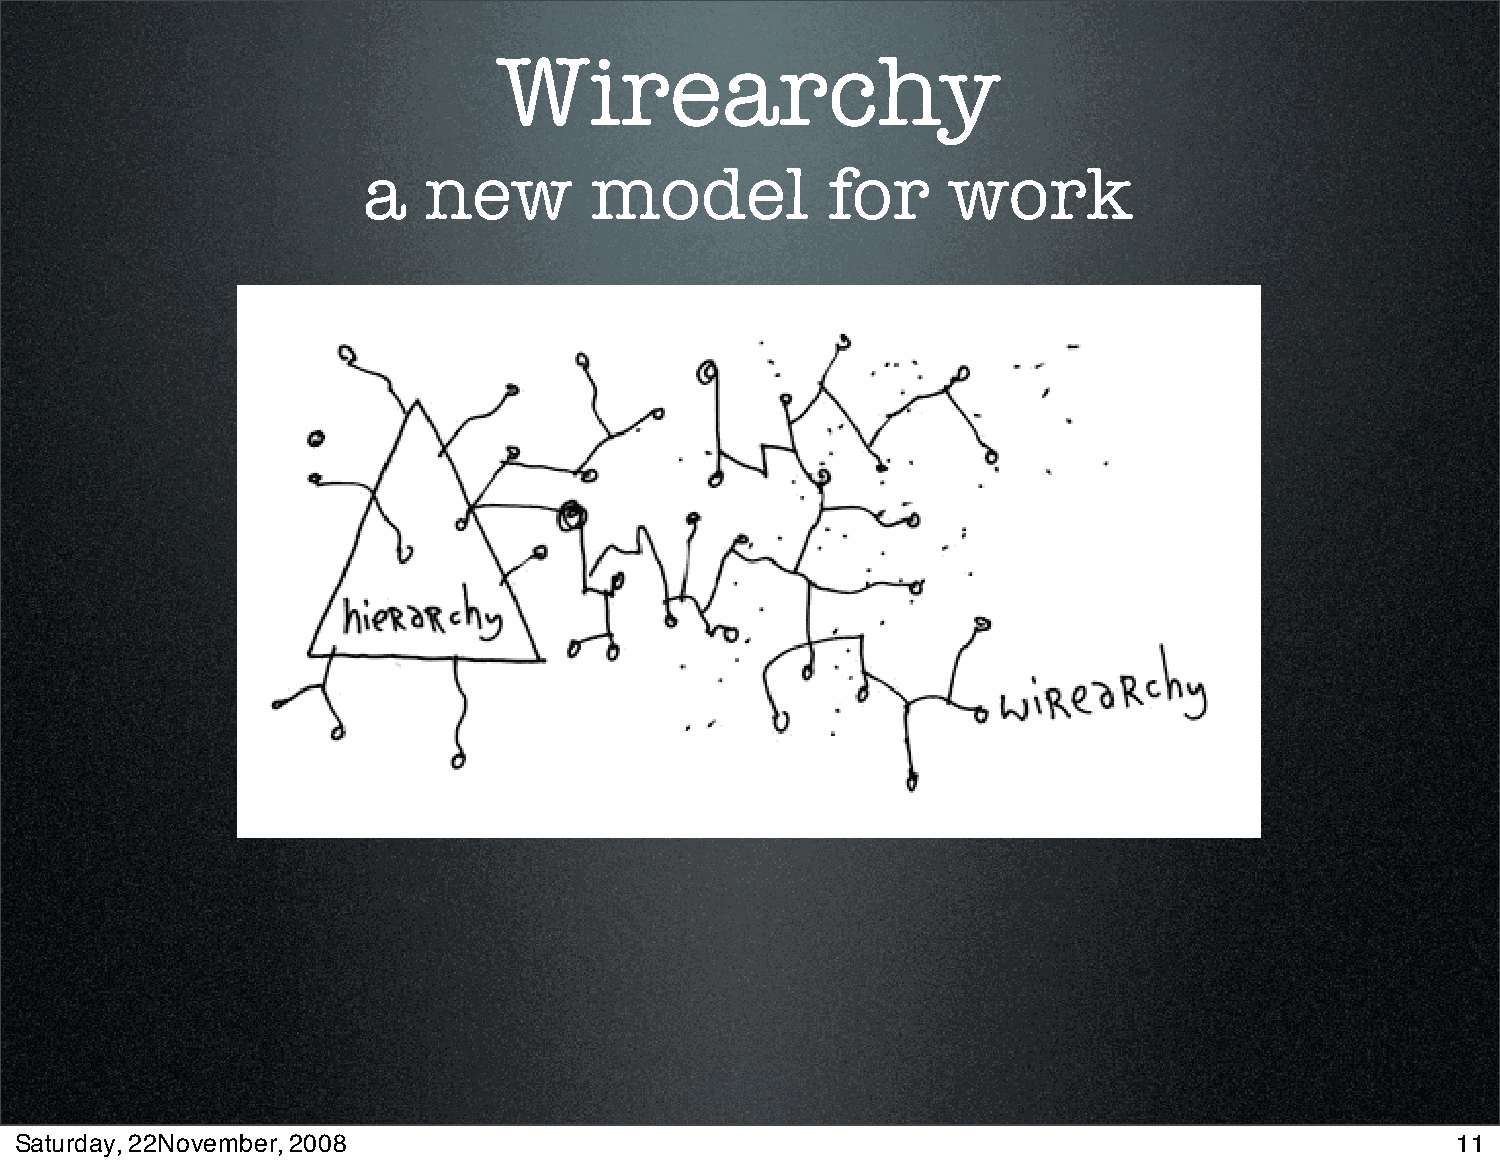
Wirearchy
 a   new        model           for     work
 Saturday, 22November, 2008                                                                     11